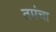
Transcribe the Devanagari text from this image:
तमंचा